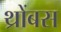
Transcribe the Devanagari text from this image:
थ्रोंबस